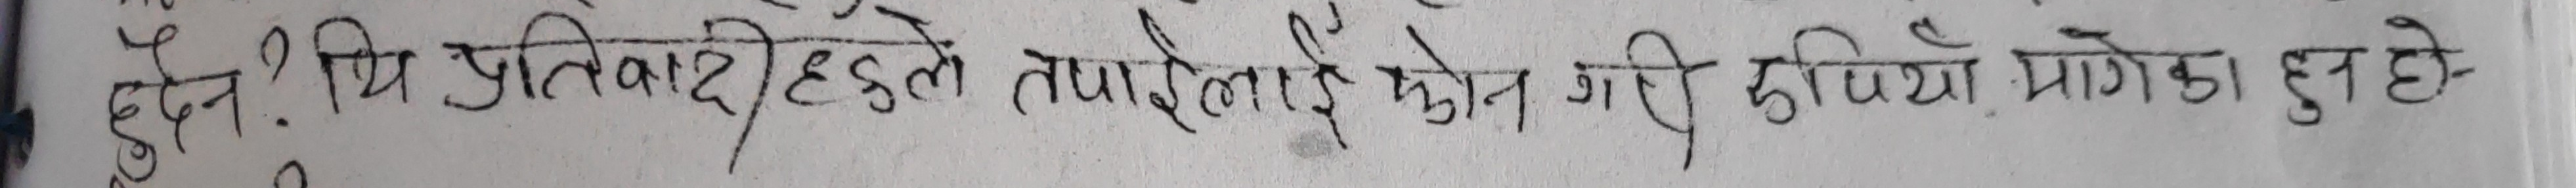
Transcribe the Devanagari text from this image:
हुन् ? थि प्रतिवादीहरुले तपाईलाई कुनै क्षेत्रमा दुविधा मागेका हुन् ?